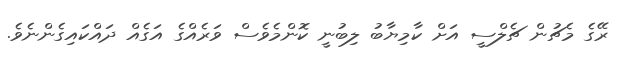
ރޭގެ މެޗުން ޗެލްސީ އަށް ކާމިޔާބު ލިބުނީ ކޮންމެވެސް ވަރެއްގެ އަގެއް ދައްކައިގެންނެވެ.